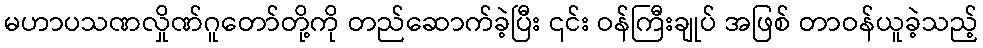
မဟာပသဏလှိုဏ်ဂူတော်တို့ကို တည်ဆောက်ခဲ့ပြီး ၎င်း ဝန်ကြီးချုပ် အဖြစ် တာဝန်ယူခဲ့သည့်